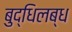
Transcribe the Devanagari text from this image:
बुद्धिलब्ध